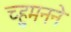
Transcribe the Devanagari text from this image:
च्हुमनने